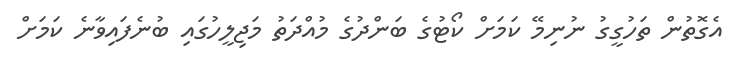
އެގޮތުން ތަހުގީގު ނުނިމޭ ކަމަށް ކޯޓުގެ ބަންދުގެ މުއްދަތު މަޖިލީހުގައި ބުނެފައިވާނެ ކަމަށް